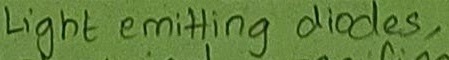
Text: Light emitting diodes,